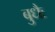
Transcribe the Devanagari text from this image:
बुधैः